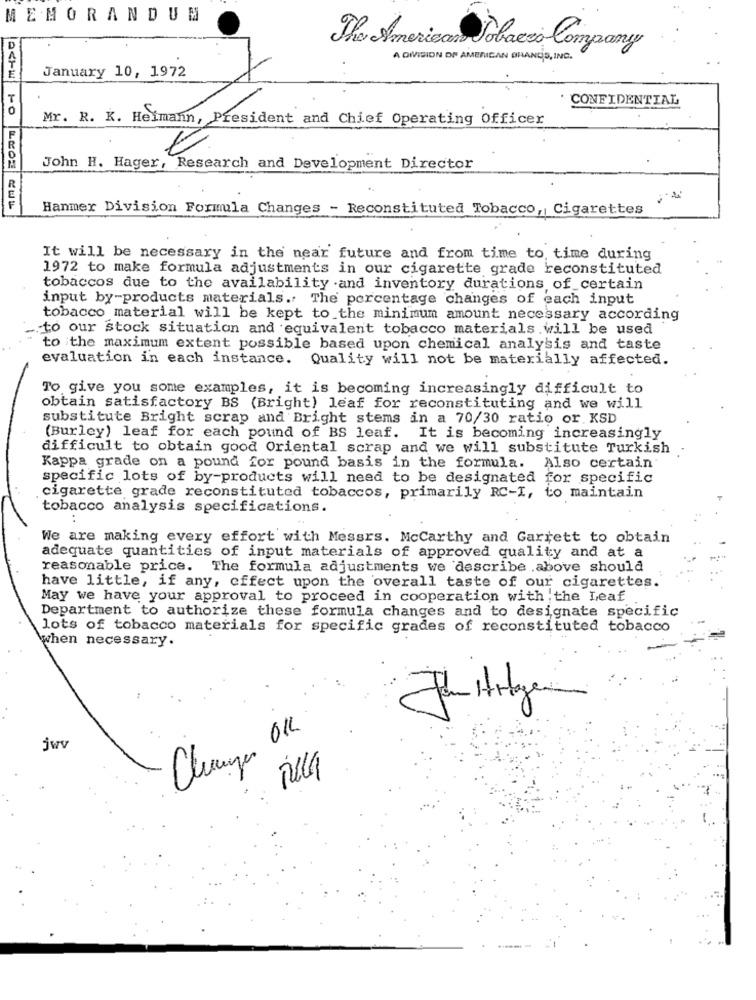
MEMORANDUM
D
The American Tobacco Company
1
A DIVISION OF AMERICAN GELANDS , INC.
January 10, 1972
CONFIDENTIAL
Mr. R. K. Heimann, President and Chief Operating Officer
John H. Hager, Research and Development Director
Hanmer Division Formula Changes - Reconstituted Tobacco, Cigarettes
It will be necessary in the near future and from time to time during
1972 to make formula adjustments in our cigarette grade reconstituted
tobaccos due to the availability and inventory durations of certain
input by-products materials. The percentage changes of each input
tobacco material will be kept to the minimum amount necessary according
to our stock situation and equivalent tobacco materials will be used
to the maximum extent possible based upon chemical analysis and taste
evaluation in each instance. Quality will not be materially affected.
To give you some examples, it is becoming increasingly difficult to
obtain satisfactory BS (Bright) leaf for reconstituting and we will
substitute Bright scrap and Bright stems in a 70/30 ratio or KSD
(Burley) leaf for each pound of BS leaf. It is becoming increasingly
difficult to obtain good Oriental scrap and we will substitute Turkish .
Kappa grade on a pound for pound basis in the formula. Also certain
specific lots of by-products will need to be designated for specific
cigarette grade reconstituted tobaccos, primarily RC-I, to maintain
tobacco analysis specifications.
:
We are making every effort with Messrs. Mccarthy and Garrett to obtain
adequate quantities of input materials of approved quality and at a
reasonable price. The formula adjustments we describe above should
have little, if any, effect upon the overall taste of our cigarettes.
May we have your approval to proceed in cooperation with the Leaf
Department to authorize these formula changes and to designate specific
lots of tobacco materials for specific grades of reconstituted tobacco
when necessary.
Changer OK
jwv